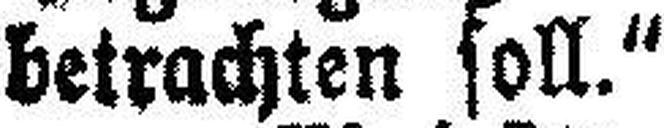
betrachten soll.“